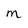
Character: m